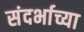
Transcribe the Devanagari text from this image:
संदर्भाच्या